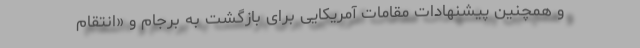
و همچنین پیشنهادات مقامات آمریکایی برای بازگشت به برجام و «انتقام